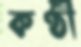
কণ্ঠী